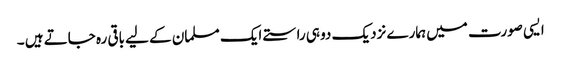
ایسی صورت میں ہمارے نزدیک دو ہی راستے ایک مسلمان کے لیے باقی رہ جاتے ہیں ۔